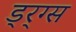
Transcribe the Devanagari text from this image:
ड्र्ग्स